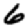
Digit: 6